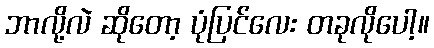
ဘာလို့လဲ ဆိုတော့ ပုံပြင်လေး တခုလိုပေါ့။